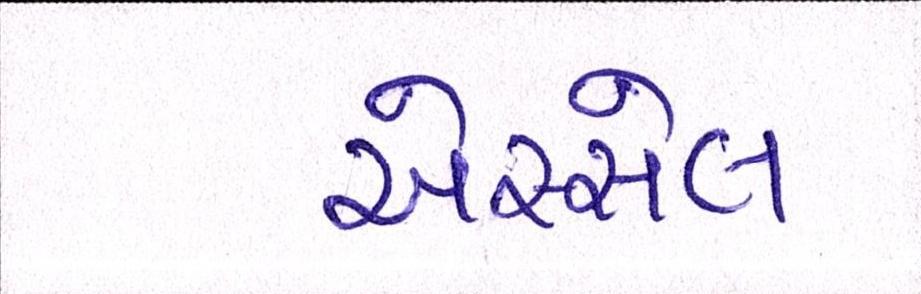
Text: એસ્સેલ